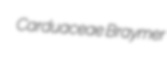
Carduaceae Braymer